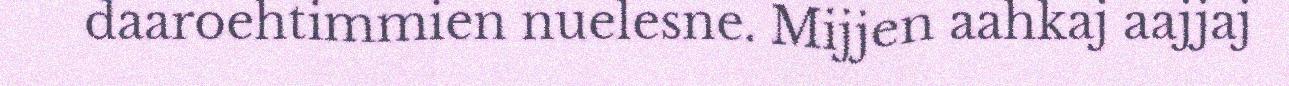
daaroehtimmien nuelesne. Mijjen aahkaj aajjaj